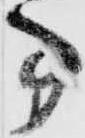
事